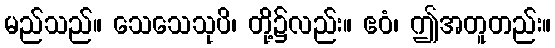
မည်သည်။ သေသေသုပိ၊ တို့၌လည်း။ ဧဝံ၊ ဤအတူတည်း။